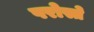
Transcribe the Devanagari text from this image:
परोस्ते